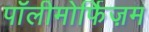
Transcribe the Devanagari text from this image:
पॉलीमोर्फिज़म